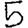
Digit: 5